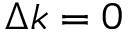
\Delta k = 0